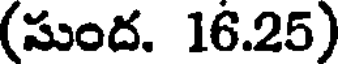
(సుంద. 16.25)